Voisiku_vallavalitsus, lk 117
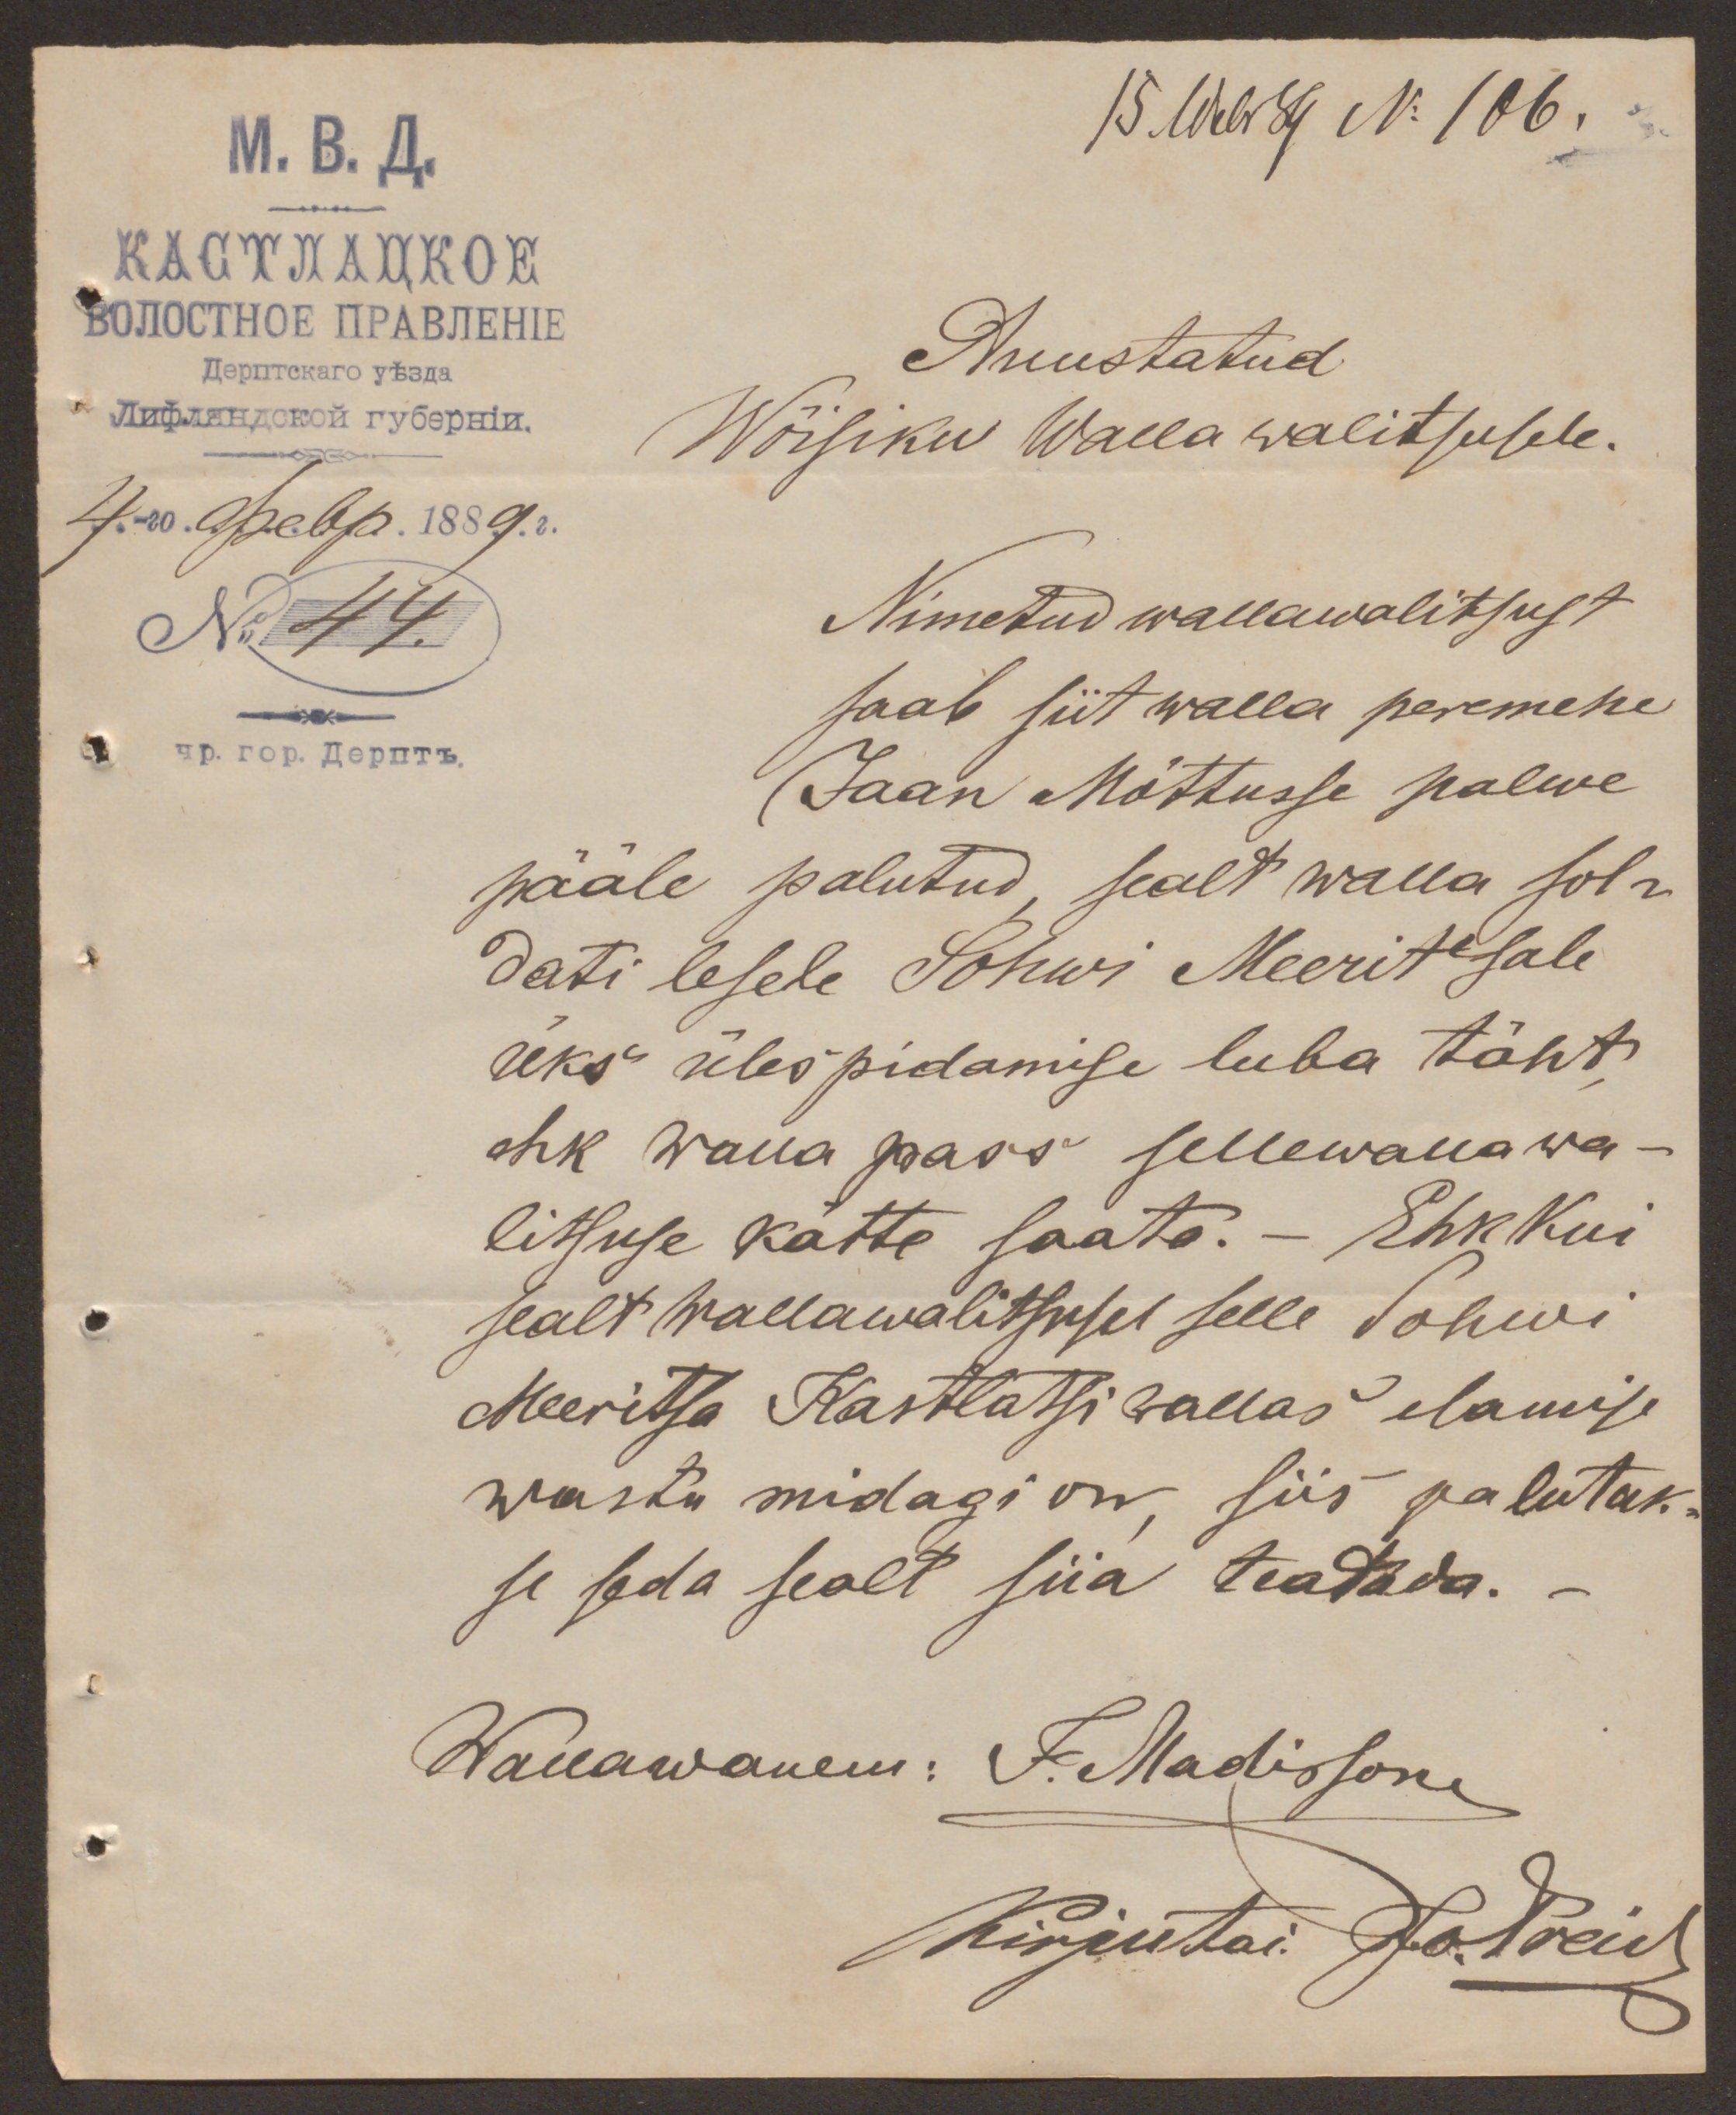
15. Webr No 106.
Auustatud
Wõisiku Walla walitsusele.
No 44.
Nimetud wallawalitsust
saab siit walla peremehe
Jaan Mõttusse palwe
pääle palutud, sealt walla sol-
dati lesele Sohwi Meeritsale
üks ülespidamise luba täht
ehk wana pass sellewalla wa-
litsuse kätte saata. - Ehk kui
sealt wallawalitsusel selle Sohwi
Meeritsa Kastlatsi wallas elamise
wastu midagi on, siis palutak-
se seda sealt siia teatada.
Wallawanem: J. Madisson
Kirjutai. Todreid